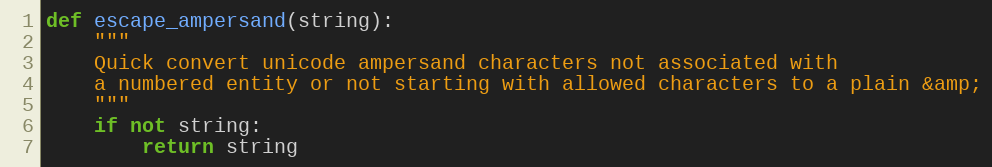
Language: Python
def escape_ampersand(string):
    """
    Quick convert unicode ampersand characters not associated with
    a numbered entity or not starting with allowed characters to a plain &amp;
    """
    if not string:
        return string